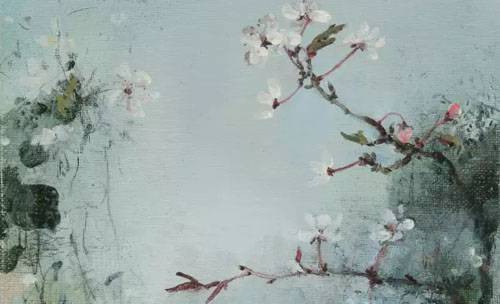
不挟长，不挟贵，不挟兄弟而友。